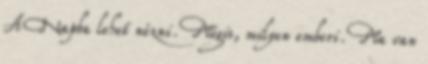
A Napba lehet nézni. Mégis, milyen emberi. Ma van